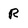
Character: R